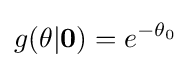
g(\mathbf {\theta } |\mathbf {0} )=e^{-\theta _{0}}